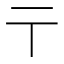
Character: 𬼽